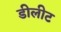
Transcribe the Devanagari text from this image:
डीलीट